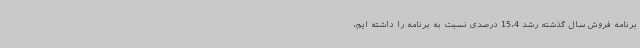
برنامه فروش سال گذشته رشد 15،4 درصدی نسبت به برنامه را داشته ایم،